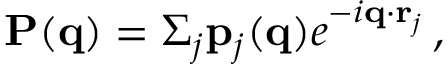
{ \bf P } ( { \bf q } ) = \Sigma _ { j } { \bf p } _ { j } ( { \bf q } ) e ^ { - i { \bf q } \cdot { \bf r } _ { j } } \, ,